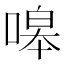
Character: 嗥